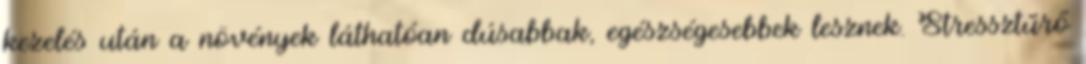
kezelés után a növények láthatóan dúsabbak, egészségesebbek lesznek. Stressztűrő